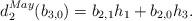
LaTeX: \begin{align*}d_2^{May}(b_{3,0})= b_{2,1}h_1 + b_{2,0}h_3.\end{align*}